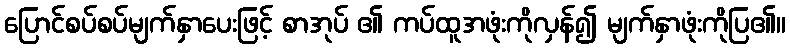
ပြောင်စပ်စပ်မျက်နှာပေးဖြင့် စာအုပ် ၏ ကပ်ထူအဖုံးကိုလှန်၍ မျက်နှာဖုံးကိုပြ၏။